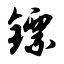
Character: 镖